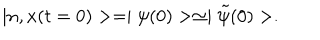
\mid n , x ( t = 0 ) > = \mid \psi ( 0 ) > \simeq \mid \tilde { \psi } ( 0 ) > .